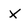
Character: X